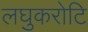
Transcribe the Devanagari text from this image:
लघुकरोटि